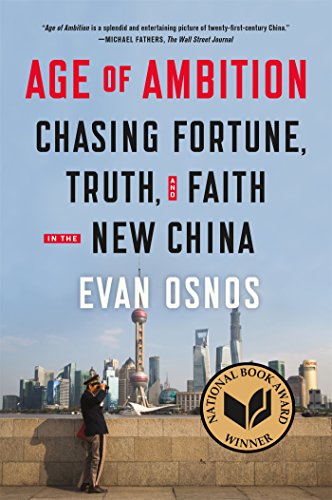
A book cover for Age of Ambition: Chasing Fortune, Truth, and Faith in the New China; Evan Osnos; History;